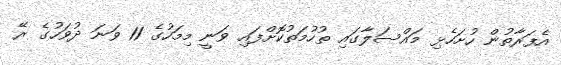
އެފަރާތުން ހުށަހެޅި މައްސަލާގައި ތުހުމަތުކޮށްފައި ވަނީ މިމަހުގެ 11 ވަނަ ދުވަހުގެ ރޭ